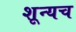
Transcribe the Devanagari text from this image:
शून्यच